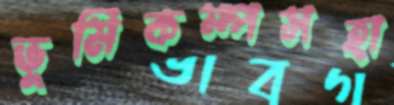
ভূমিকম্পসহা